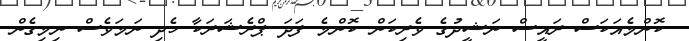
ކޮންމެއަކަސް ރައީސް ނަޝީދުގެ ވެރިކަން ކޮންމެ ފަދަ ޕްރެޝަރަކާ ހެދި ނަމަވެސް ނިމިގެން